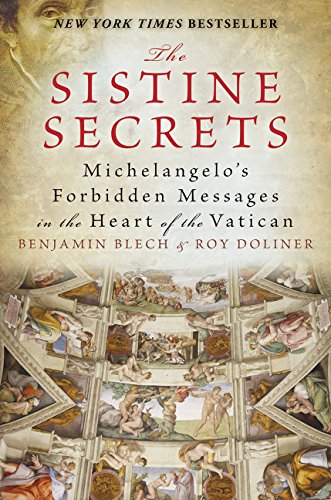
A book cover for The Sistine Secrets: Michelangelo's Forbidden Messages in the Heart of the Vatican; Benjamin Blech; Arts & Photography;